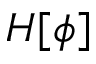
H [ \phi ]